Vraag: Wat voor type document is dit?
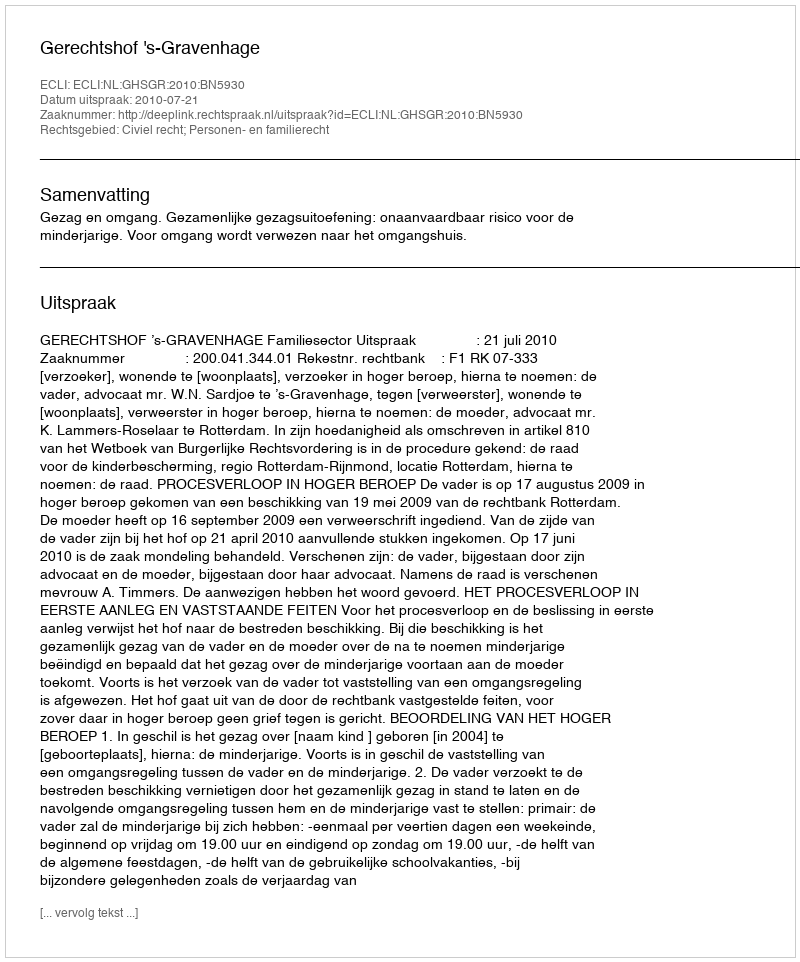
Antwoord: Uitspraak